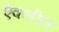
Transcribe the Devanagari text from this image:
ऐकतील